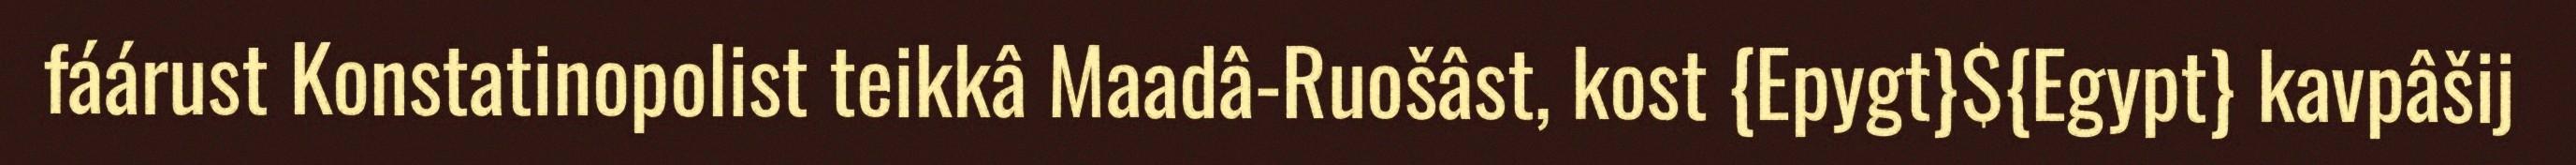
fáárust Konstatinopolist teikkâ Maadâ-Ruošâst, kost {Epygt}${Egypt} kavpâšij